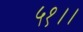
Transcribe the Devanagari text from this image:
५१।।